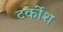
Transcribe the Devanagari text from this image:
टर्कीश